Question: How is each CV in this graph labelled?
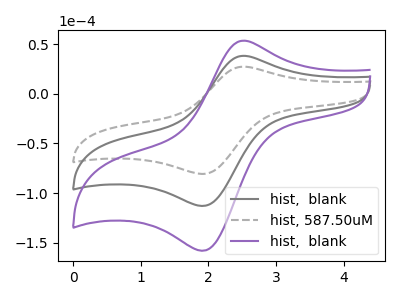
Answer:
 <answer>The gray curve is labeled "hist,  blank". The gray dashed curve is labeled "hist, 587.50uM". The purple curve is labeled "hist,  blank".</answer>
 <eval></eval>